Vaccination in Bombay 1913-1923 - 1913-1923
Year: 1913
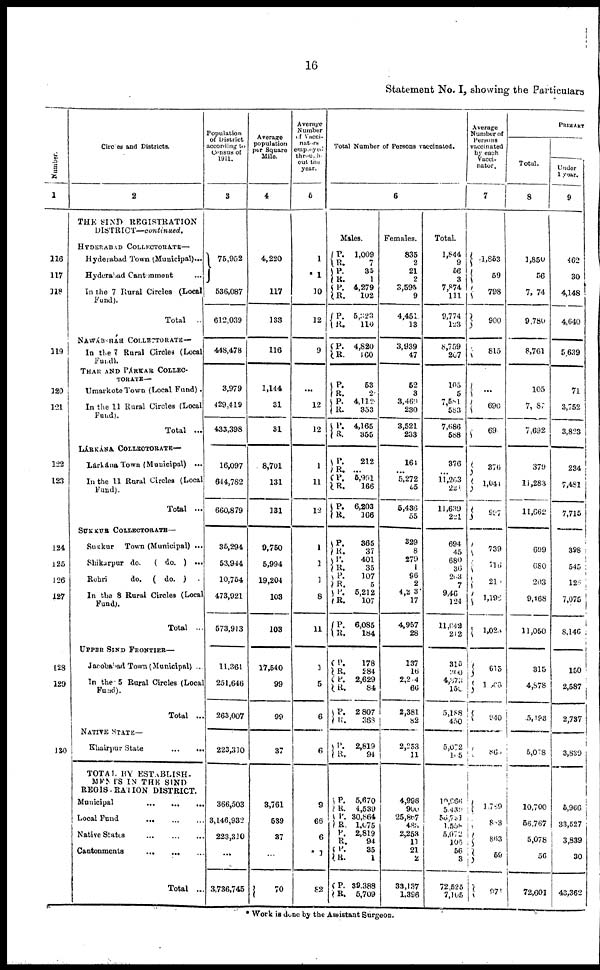
16
Statement No. I, showing the Particulars
Number.
1
116
117
118
119
120
121
122
123
124
125
126
127
128
129
130
Circles and Districts.
2
THE SIND REGISTRATION
DISTRICT—continued.
HYDERABAD COLLECTORATE—
Hyderabad Town (Municipal)...
Hyderabad Cantonment ...
In the 7 Rural Circles (Local
Fund).
Total
NAWÁBSHÁH COLLECTORATE—
In the 7 Rural Circles (Local
Fund).
THAR AND PÁRKAR COLLEC¬
TORATE—
Umarkote Town (Local Fund).
In the 11 Rural Circles (Local
(Fund).
Total ...
LÁRKÁNA COLLECTORATE—
Lárkána Town (Municipal) ...
In the 11 Rural Circles (Local
Fund).
Total ...
SUKKUR COLLECTORATE—
Sukkur
Town (Municipal) ...
Shikarpur do.
( do. ) ...
Rohri
do.
( do. ).
In the 8 Rural Circles (Local
Fund).
Total ...
UPPER SIND FRONTIER—
Jacobabad Town (Municipal) ..
In the 5 Rural Circles (Local
Fund).
Total ...
NATIVE STATE—
Khairpur State
...
...
TOTAL BY ESTABLISH¬
MENTS IN THE SIND
REGISTRATION DISTRICT.
Municipal
...
...
...
Local Fund
...
...
...
Native States
...
...
...
Cantonments
...
... ...
Total ...
Population
of District
according to
Census of
1911.
3
75,952
536,087
612,039
448,478
3,979
429,419
433,398
16,097
644,782
660,879
35,294
53,944
10,754
473,921
573,913
11,361
251,646
263,007
223,310
366,503
3,146,932
223,310
...
3,736,745
Average
population
per Square
Mile.
4
4,220
117
133
116
1,144
31
31
8,701
131
331
9,750
5,994
19,204
103
103
17,540
99
99
37
3,761
539
37
...
70
Average
Number
of Vacci¬
nators
employed
through¬
out the
year.
5
1
*1
10
12
9
...
12
12
1
11
12
1
1
1
8
11
1
5
6
6
9
66
6
1
82
Total Number of Persons vaccinated.
6
Males.
P.
R. P.
R.
P.
R.
P.
R.
P.
R.
P.
R.
P.
R.
P.
R.
P.
R.
P.
R.
P.
R.
P.
R.
P.
R.
P.
R.
P.
R.
P.
R.
P.
R.
P.
R.
P.
R.
P.
R.
P.
R.
P.
R.
P.
R.
P.
R.
P.
R.
1,009
7
35
1
4,279
102
5,323
110
4,820
190
53
2
4,112
353
4,165
355
212
...
5,991
166
6,203
166
365
37
401
35
107
5
5,212
107
6,085
184
178
284
2,629
84
2 807
368
2,819
94
5,670
4,539
30,864
1,075
2,819
94
35
1
39,388
5,709
Females.
835
2
21
2
3,595
9
4,451
13
3,939
47
52
3
3,469
230
3,521
233
161
...
5,272
55
5,436
55
329
8
279
1
96
2
4,2 3
17
4,957
28
137
16
2,204
66
2,381
82
2,253
11
4,996
900
25,867
483
2,253
11
21
2
33,137
1,396
Total.
1,844
9
56
3
7,874
111
9,774
123
8,759
207
105
5
7,581
583
7,686
588
376
...
11,263
221.
11,639
221
694
45
680
36
203
7
9,46
124
11,642
212
315
260
4,373
150
5,188
450
5,072
165
10,666
5,439
56,731
1,558
5,072
105
56
3
72,525
7,105
Average
Number of
Persons
vaccinated
by each
Vacci¬
nator.
7
1,853
59
798
900
815
...
690
69
376
1,041
997
739
716
21
1,198
1,023
615
1066
940
863
1,789
833
863
59
971
PRIMARY
Total.
8
1,850
56
7,074
9,780
8,761
105
7,087
7,692
379
11,283
11,662
699
680
203
9,468
11,050
315
4,878
5,193
5,078
10,700
56,767
5,078
56
72,601
Under
1 year.
9
462
30
4,148
4,640
5,639
71
3,752
3,823
234
7,481
7,715
398
545
128
7,075
8,146
150
2,587
2,737
3,839
5,966
33,527
3,839
30
43,362
* Work is done by the Assistant Surgeon.